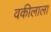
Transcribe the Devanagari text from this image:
वकीलाला